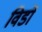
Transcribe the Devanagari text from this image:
विडों